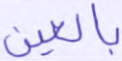
بالعين